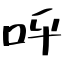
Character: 呼